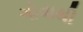
ગોવાથી